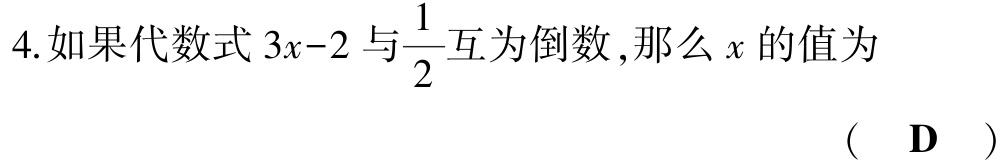
4.如果代数式\(3x - 2\)与\(\frac{1}{2}\)互为倒数,那么\(x\)的值为

( D )